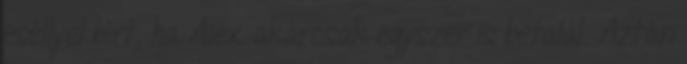
eséllyel bírt, ha Alex akárcsak egyszer is betalál. Aztán